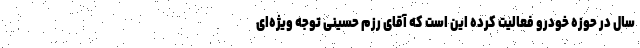
سال در حوزه خودرو فعالیت کرده این است که آقای رزم حسینی توجه ویژه‌ای